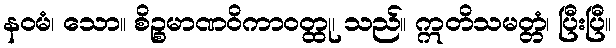
နဝမံ၊ သော။ စိဉ္စမာဏဝိကာဝတ္ထု၊ သည်။ ဣတိသမတ္တံ၊ ပြီးပြီ။